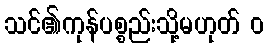
သင်၏ကုန်ပစ္စည်းသို့မဟုတ် ၀